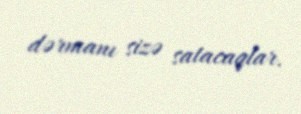
dərmanı sizə satacaqlar.